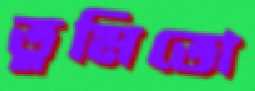
তুমিতো